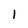
Character: 1